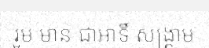
រួម មាន ជាអាទិ៍ សង្គ្រាម